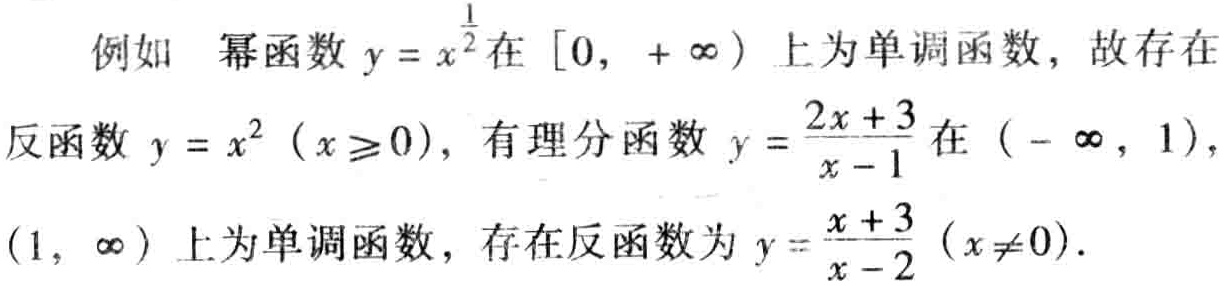
例如 幂函数 \(y = x^{\frac{1}{2}}\) 在 \([0, +\infty)\) 上为单调函数，故存在

反函数 \(y = x^{2}\)（\(x\geq0\)），有理分函数 \(y = \frac{2x + 3}{x - 1}\) 在 \((-\infty, 1)\)，

\((1, \infty)\) 上为单调函数，存在反函数为 \(y = \frac{x + 3}{x - 2}\)（\(x\neq0\)）.